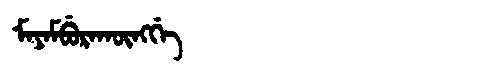
Manchu: ᠮᠠᠶᠠᠮᠪᡠᡵᠠᡴᡡᠩᡤᡝ
Romanization: MAYAMBURAKŪNGGE